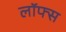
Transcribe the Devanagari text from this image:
लॉफ्स